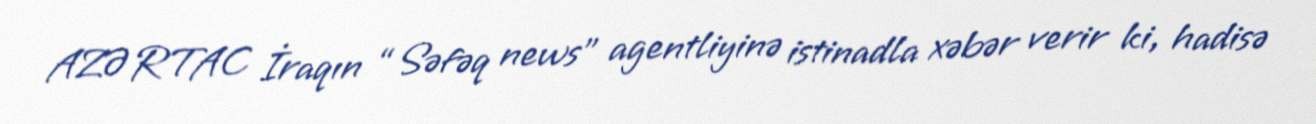
AZƏRTAC İraqın “Səfəq news” agentliyinə istinadla xəbər verir ki, hadisə